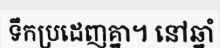
ទឹកប្រដេញគ្នា។ នៅឆ្នាំ